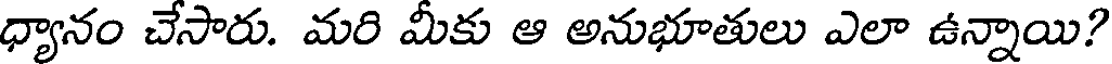
ధ్యానం చేసారు. మరి మీకు ఆ అనుభూతులు ఎలా ఉన్నాయి?